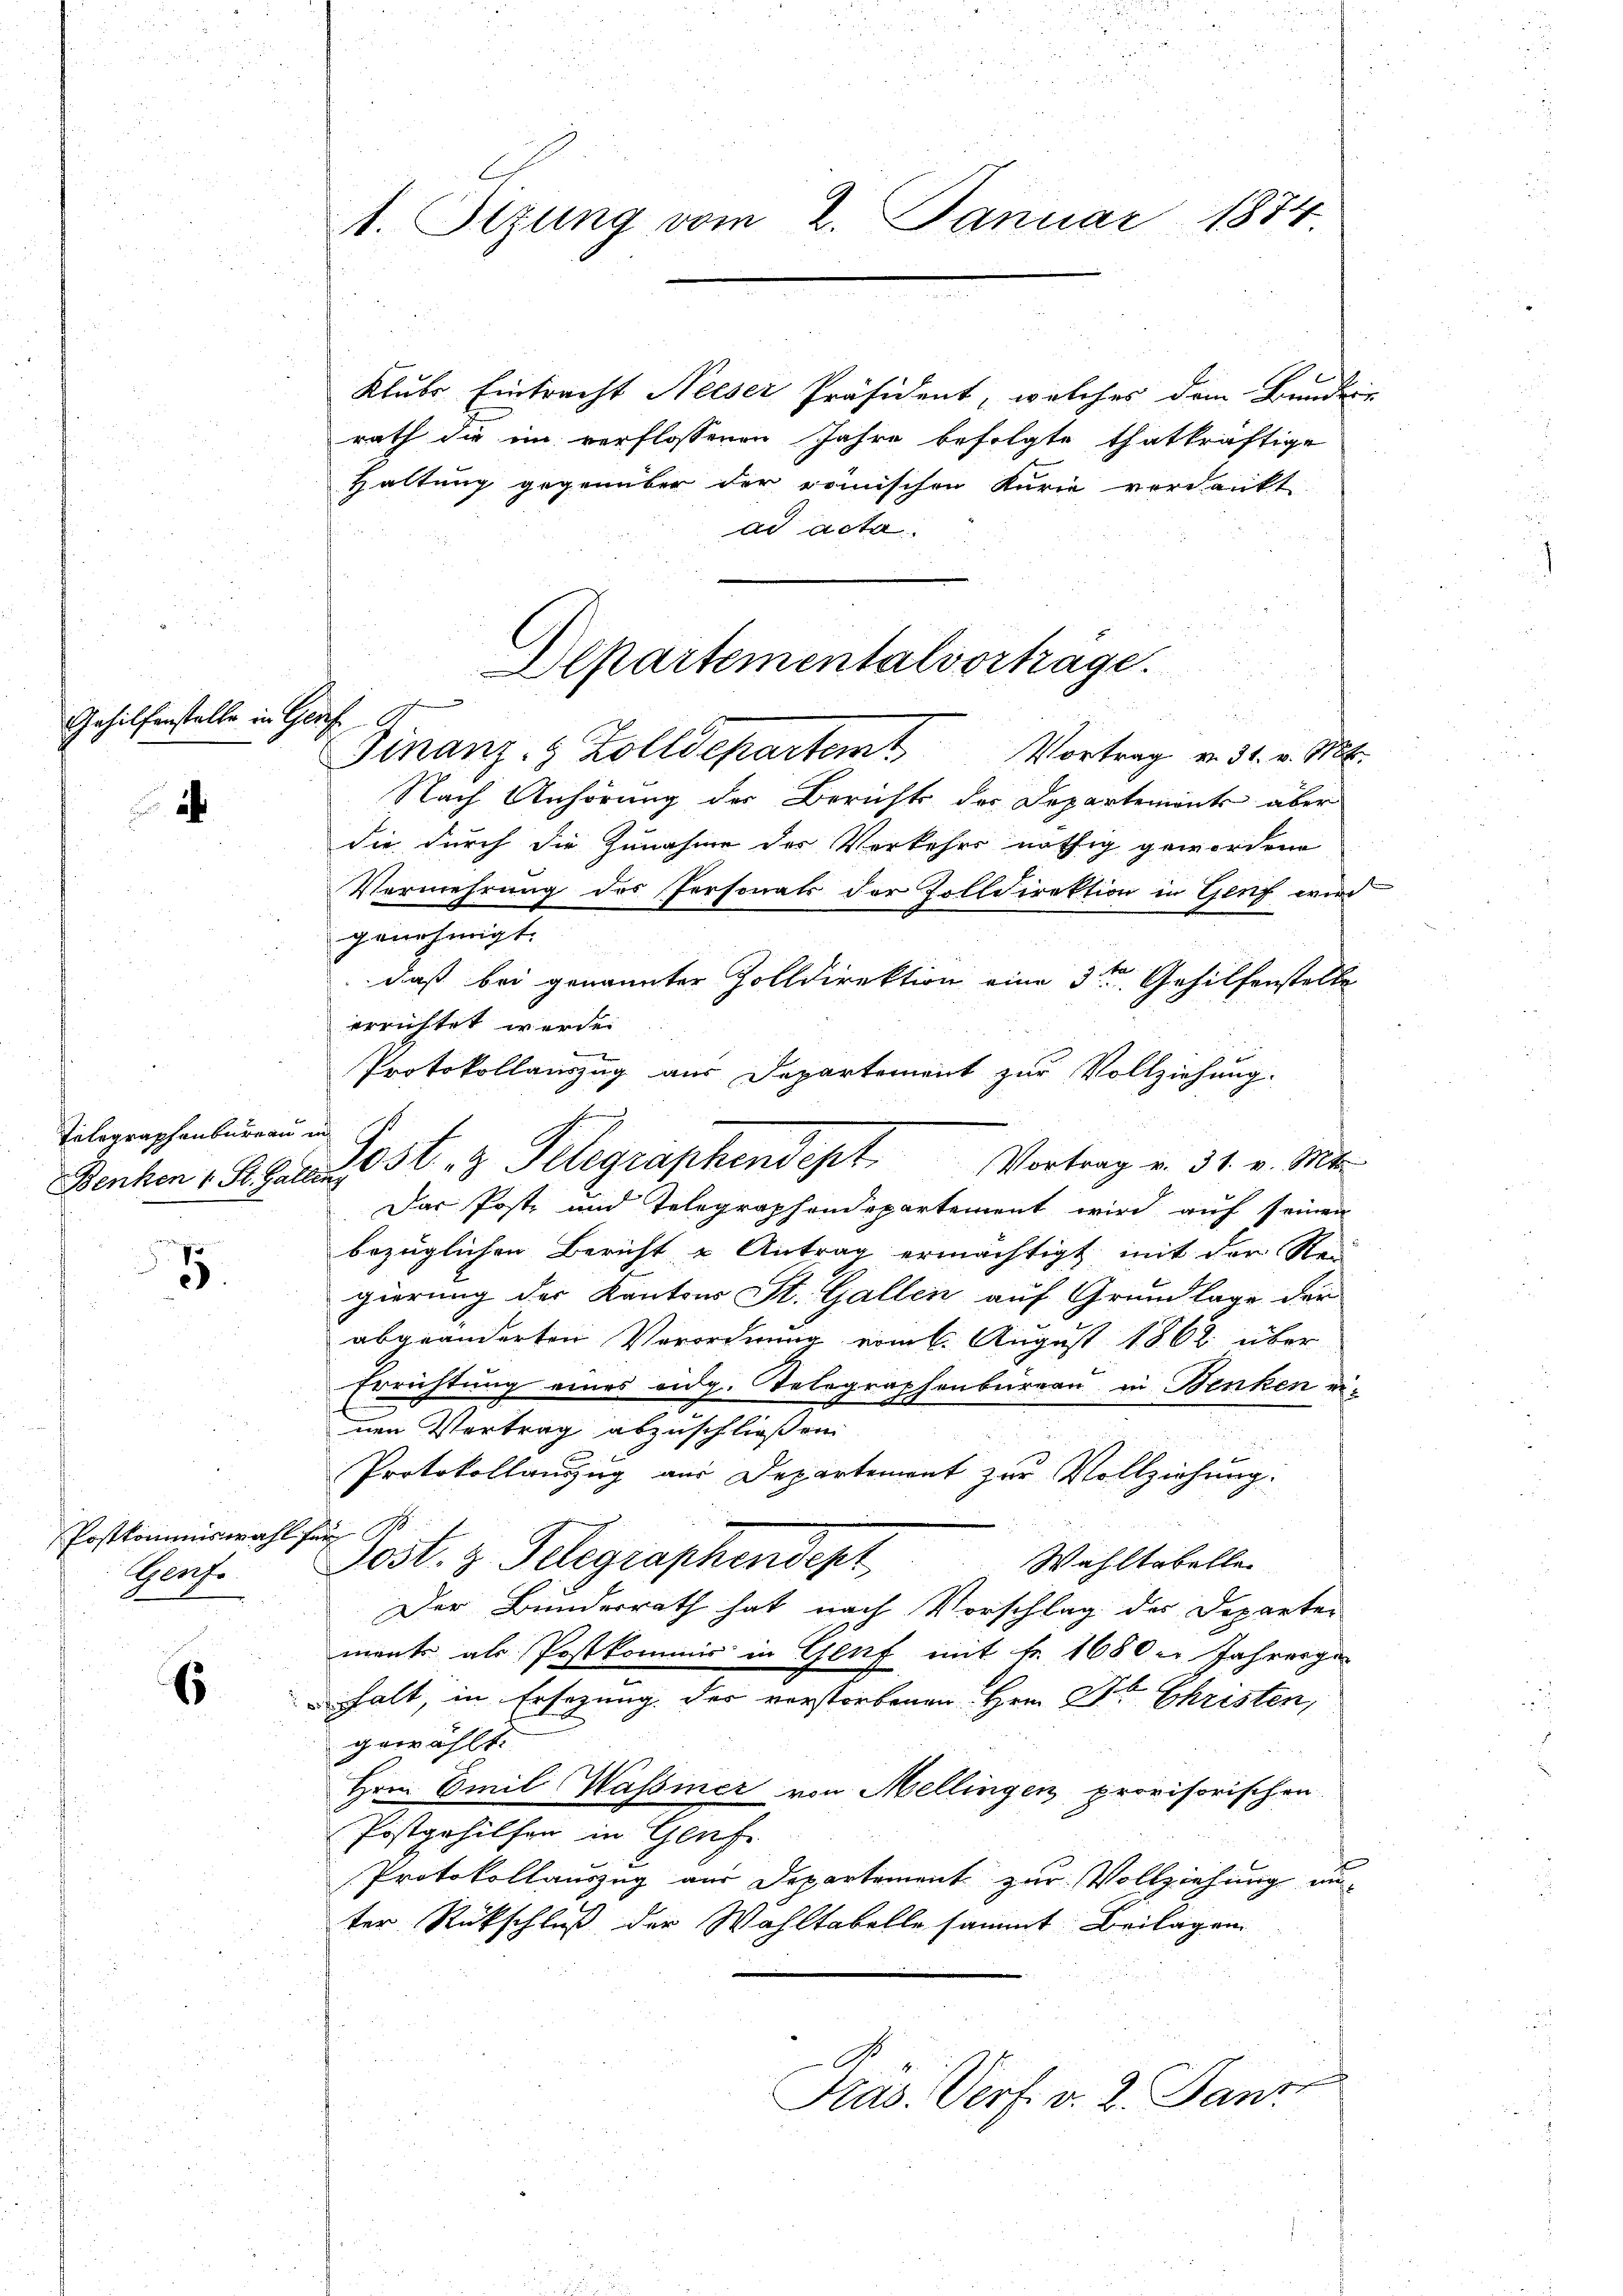
Gehilfenstelle in Ge

a

Telegraphenburgau in
Benken 1 St. Gallin

.

Postkommiswahl,
Genf.

6

1. Sizung vom 2. Januar 1874

Departementalvortrage.
u

Finanz- & Zolldepartem Vortrag v. 31. v. Mt.

Klube Eintracht Neeser Präsident, welches dem Bundes
rath die im verflossenen Jahre befolgte thatkräftige
Haltung gegenüber der römischen Kurie verdankt
ad acta.
Nach Anhörung der Berichts des Departements aber
die durch die Zunahme des Verkehrs nöthig gewordene
Vermehrung des Personats der Zolldirektion in Genf wird
genehmigt.
daß bei genannter Zolldirektion eine 3ten Gehilfenstelle
errichtet werde.
Protokollauszug aus Departement zur Vollziehung.
Post z. Telegraphendest Vortrag v. 31. v. Mts.
Das Post und Telegraphendepartement wird auf seinen
bezüglichen Bericht u Antrag ermächtigt mit der Re-
gierung der Kantons St. Gallen auf Grundlage der
abgeänderten Verordnung vom 6. August 1862 über
Errichtung eines eidg. Telegraphenbureau in Benken einen Vertrag abzuschließen.
Protokollauszug aus Departement zur Vollziehung.
Rathe
sest. z. Telegraphendept
Wahltabelle
Der Bunderrath hat nach Vorschlag des Departer
ments als Postkommis in Genf mit Fr. 1680. Jahrengehalt, in Ersezung der verstorbenen Hrn. Dr Christen,
gewählt.
Hrn. Emil Wassier von Mellingen provisorischen
Postgehilfen in Genf.
Protokollauszug aus Departement zur Vollziehung unter Rückschluß der Wahltabelle sammt Beilagen

sh
Kras. Verf. v. 2. Jan: